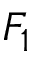
F _ { 1 }